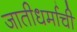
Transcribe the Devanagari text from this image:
जातीधर्माची